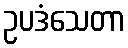
ဥပဒံသေတာ